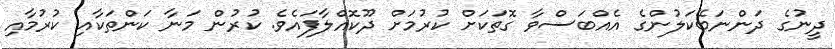
ދީނުގެ ދަންނަބޭކަލުންގެ އެއްބަސްވާ ގޮތަކަށް ކުރުމަށް ދޫކޮއްލާފައެވެ. ކުރުން މަނާ ކަންތަކާއި ކުރުމާއި